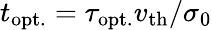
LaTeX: t_{\mathrm{opt.}}=\tau_{\mathrm{opt.}}v_{\mathrm{th}}/\sigma_{0}